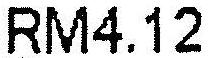
RM4.12